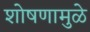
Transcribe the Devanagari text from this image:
शोषणामुळे